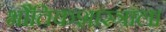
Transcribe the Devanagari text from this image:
भौतिकशास्त्राला